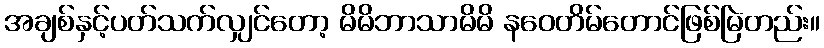
အချစ်နှင့်ပတ်သက်လျှင်တော့ မိမိဘာသာမိမိ နဝေတိမ်တောင်ဖြစ်မြဲတည်း။